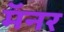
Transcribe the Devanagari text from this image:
मॅनर